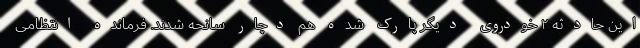
این حادثه ۲ خودروی دیگر پارک شده هم دچار سانحه شدند. فرمانده انتظامی